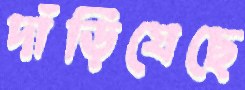
দাঁড়িযেছে